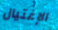
الإغتيال